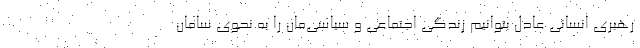
رهبری انسانی عادل بتوانیم زندگی اجتماعی و سیاسی‌مان را به نحوی سامان